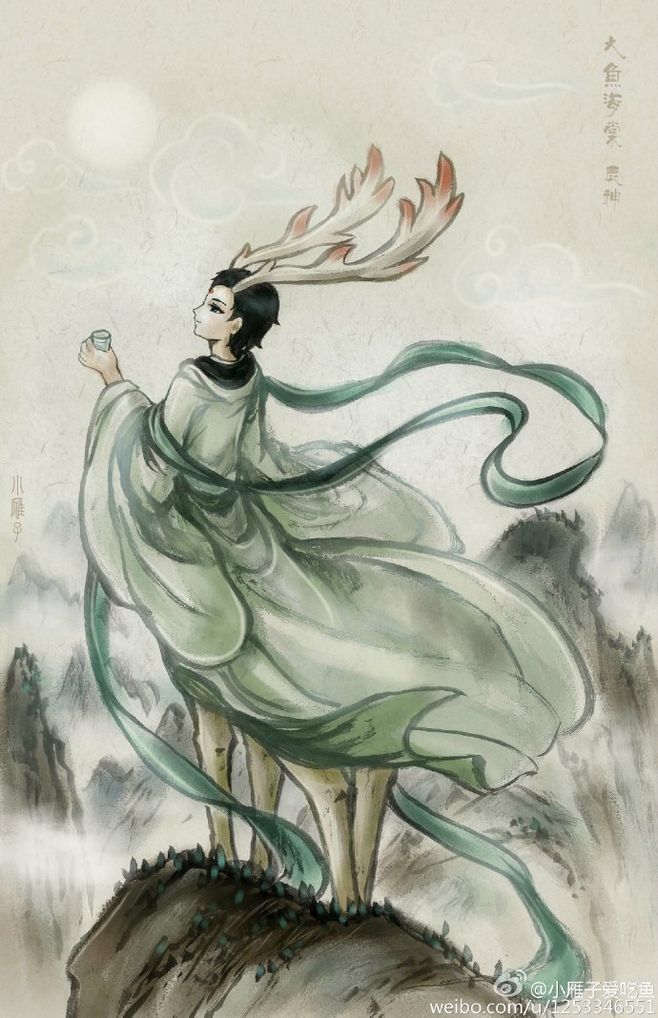
飞光飞光，劝尔一杯酒。